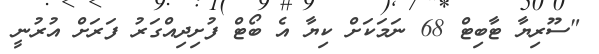
"ސޫރިޔާ ޓާބިޓް 68 ނަމަކަށް ކިޔާ އެ ބޯޓް ފުށިދިއްގަރު ފަރަށް އުރުނީ